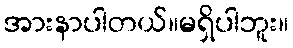
အားနာပါတယ်။မရှိပါဘူး။